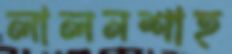
লালনশাহ